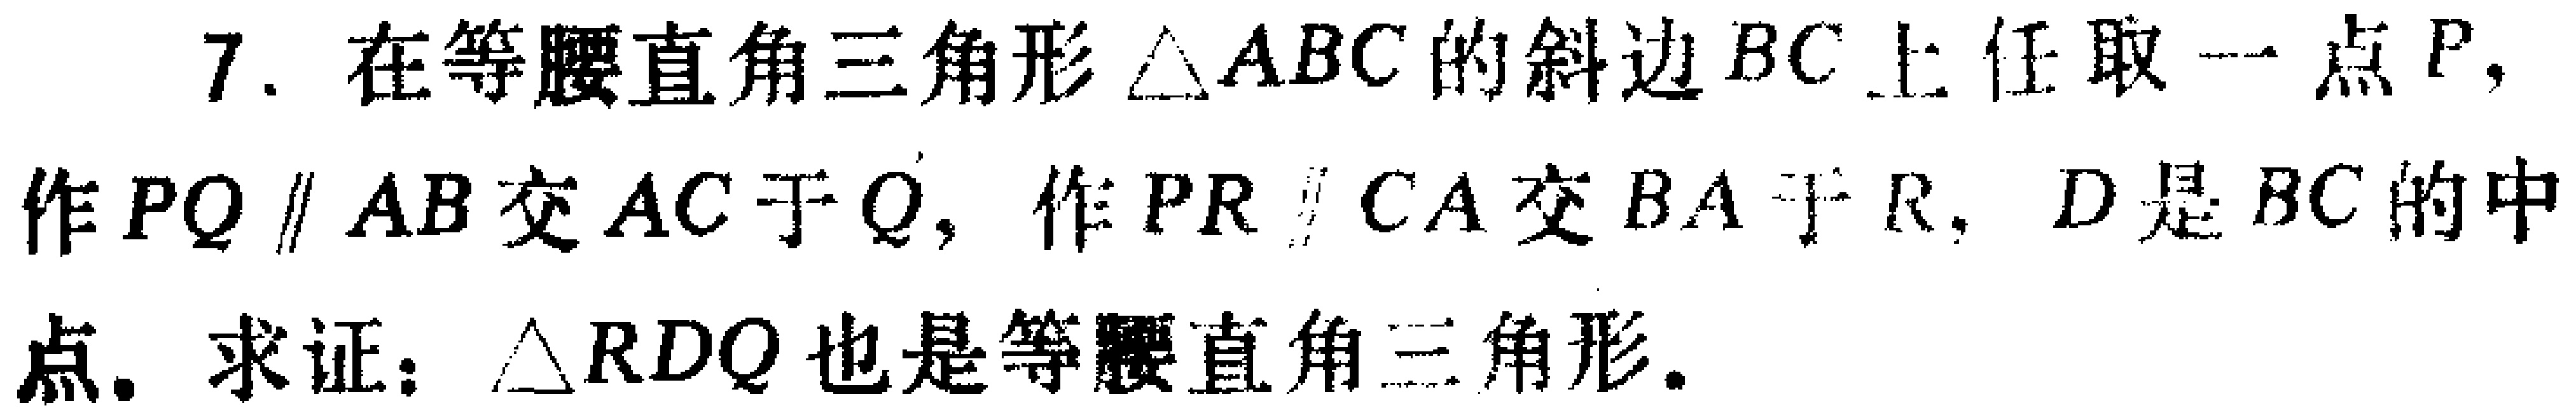
7. 在等腰直角三角形$\triangle ABC$的斜边$BC$上任取一点$P$，作$PQ \parallel AB$交$AC$于$Q$，作$PR \parallel CA$交$BA$于$R$，$D$是$BC$的中点. 求证：$\triangle RDQ$也是等腰直角三角形.